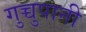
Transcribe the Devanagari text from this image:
गुच्चुपानी